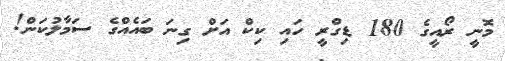
މޮނީ ރޯއީގެ 180 ޑިގްރީ ހައި ކިކް އަށް ގިނަ ބައެއްގެ ސަމާލުކަން!